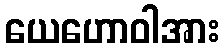
ယေဟောဝါအား